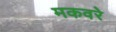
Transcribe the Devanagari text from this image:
मकवरे